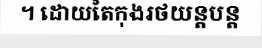
។ ដោយតៃកុងរថយន្តបន្ត